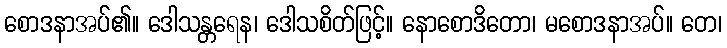
စောဒနာအပ်၏။ ဒေါသန္တရေန၊ ဒေါသစိတ်ဖြင့်။ နောစောဒိတော၊ မစောဒနာအပ်။ တေ၊